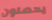
يحصلون